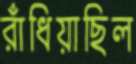
রাঁধিয়াছিল